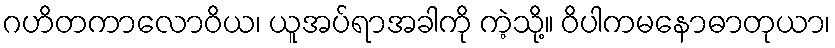
ဂဟိတကာလောဝိယ၊ ယူအပ်ရာအခါကို ကဲ့သို့။ ဝိပါကမနောဓာတုယာ၊